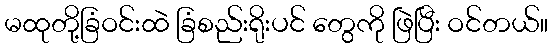
မထုတို့ခြံဝင်းထဲ ခြံစည်းရိုးပင် တွေကို ဖြဲပြီး ဝင်တယ်။